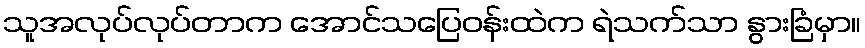
သူအလုပ်လုပ်တာက အောင်သပြေဝန်းထဲက ရဲသက်သာ နွားခြံမှာ။